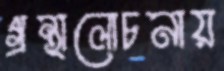
গ্রন্থালোচনায়